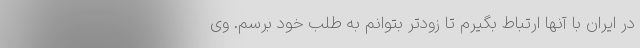
در ایران با آنها ارتباط بگیرم تا زودتر بتوانم به طلب خود برسم. وی